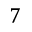
7